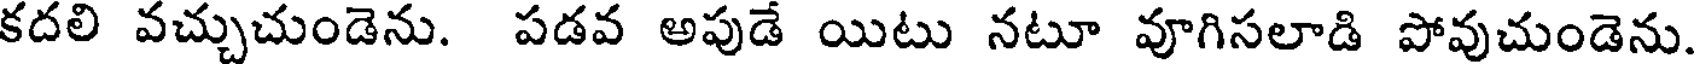
కదలి వచ్చుచుండెను. పడవ అపుడే యిటు నటూ వూగిసలాడి పోవుచుండెను.